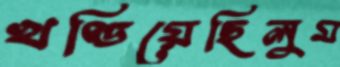
খণ্ডিয়েছিলুম